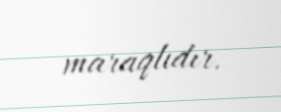
maraqlıdır.